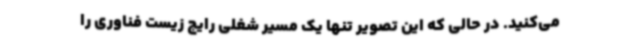
می‌کنید. در حالی که این تصویر تنها یک مسیر شغلی رایج زیست فناوری را